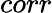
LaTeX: corr